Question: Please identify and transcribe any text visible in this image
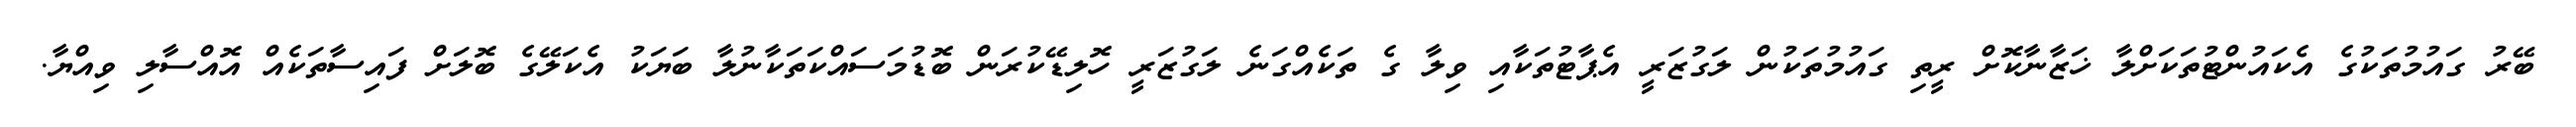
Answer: ބޭރު ގައުމުތަކުގެ އެކައުންޓުތަކަށްލާ ޚަޒާނާކޮށް ރީތި ގައުމުތަކުން ލަގުޒަރީ އެޕާޓުތަކާއި ވިލާ ގެ ތަކެއްގަނެ ލަގުޒަރީ ހޮލިޑޭކުރަން ބޮޑުމަސައްކަތަކާނުލާ ބަޔަކު އެކަލޭގެ ބޮލަށް ފައިސާތަކެއް އޮއްސާލި ވިއްޔާ.